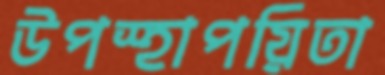
উপস্হাপয়িতা